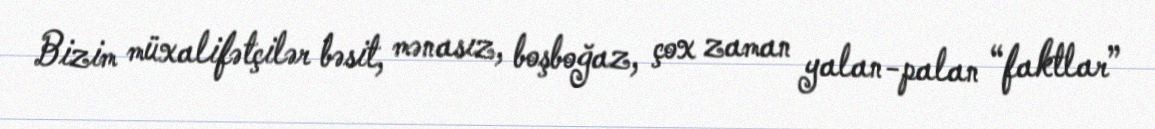
Bizim müxalifətçilər bəsit, mənasız, boşboğaz, çox zaman yalan-palan “faktlar”